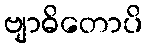
ဗျာဓိတောပိ